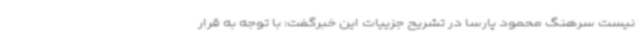
نیست سرهنگ محمود پارسا در تشریح جزییات این خبرگفت: با توجه به قرار